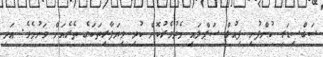
ސަބްސިޑަރީ ކުންފުނި ފިއުލް ސަޕްލައި މެދުވެރުކޮށް ކުދި ވިޔަފާރިތަކަގެ ތެރެއަށް ވަނުމެވެ. އަދި